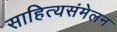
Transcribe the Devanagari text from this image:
साहित्यसंमेलन